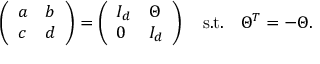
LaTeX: \left( \begin{array} { l l } { { a } } & { { b } } \\ { { c } } & { { d } } \end{array} \right) = \left( \begin{array} { l l } { { I _ { d } } } & { { \Theta } } \\ { { 0 } } & { { I _ { d } } } \end{array} \right) \ \ \ \mathrm { s . t . } \ \ \ \Theta ^ { T } = - \Theta .